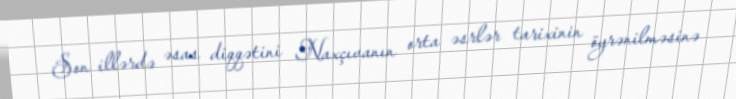
Son illərdə əsas diqqətini Naxçıvanın orta əsrlər tarixinin öyrənilməsinə